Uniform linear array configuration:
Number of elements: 16
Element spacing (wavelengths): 0.5
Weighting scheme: cosine
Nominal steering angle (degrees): -15
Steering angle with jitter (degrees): -16.026
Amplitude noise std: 0.05
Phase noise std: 0.05

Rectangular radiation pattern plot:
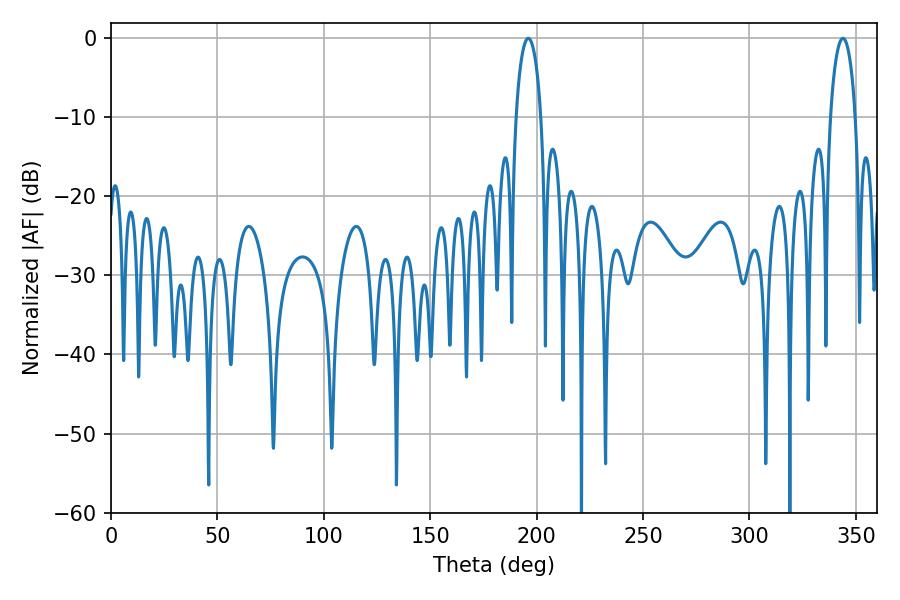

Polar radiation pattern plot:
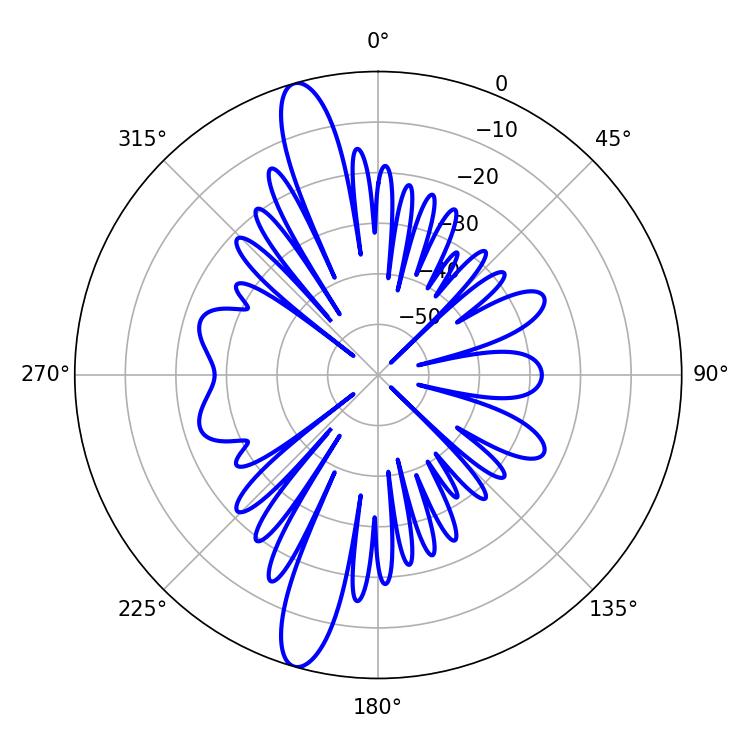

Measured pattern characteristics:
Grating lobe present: FALSE
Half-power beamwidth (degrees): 6.66
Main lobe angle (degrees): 196.02